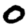
Digit: 0